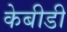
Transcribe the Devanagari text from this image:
केबीडी